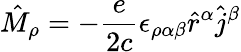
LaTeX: \hat{M}_{\rho}=-\frac{e}{2c}\epsilon_{\rho\alpha\beta}\hat{r}^{\alpha}\hat{j}^{\beta}